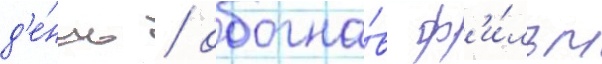
д'е́нь / обогна́в ф'и́льм